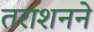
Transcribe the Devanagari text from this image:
तराशनने